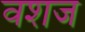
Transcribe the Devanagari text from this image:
वशज